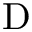
\mathrm { D }